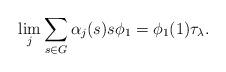
LaTeX: \begin{align*}\lim_j \sum_{s \in G} \alpha_j(s) s \phi_1 = \phi_1(1) \tau_\lambda. \end{align*}